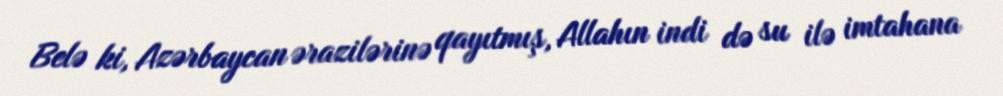
Belə ki, Azərbaycan ərazilərinə qayıtmış, Allahın indi də su ilə imtahana